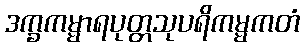
ဒက္ခကမ္မာရပုတ္တသုပရိကမ္မကတံ